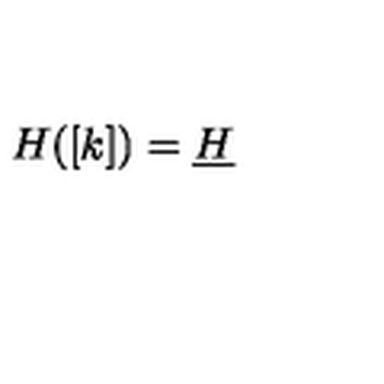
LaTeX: H ( [ k ] ) = \underline { { H } }